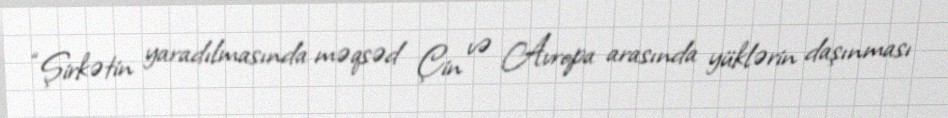
“Şirkətin yaradılmasında məqsəd Çin və Avropa arasında yüklərin daşınması